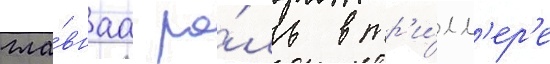
гла́внаа ро́ль в тр'и́лл'ер'е